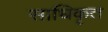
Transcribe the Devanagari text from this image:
साधिकृत